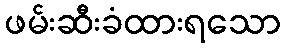
ဖမ်းဆီးခံထားရသော